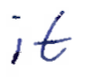
Text: it
Cross-out: clean
Writing tool: ballpoint